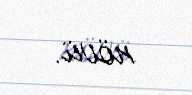
növü.